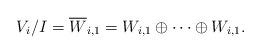
LaTeX: \begin{align*} V_i/I = \overline W_{i,1} = W_{i,1} \oplus \cdots \oplus W_{i,1}.\end{align*}